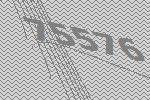
75576